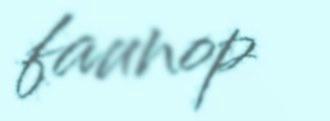
faunop